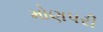
મોણપરી